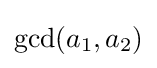
\mathrm {gcd} (a_{1},a_{2})